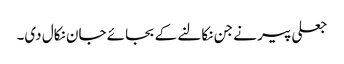
جعلی پیر نے جن نکالنے کے بجائے جان نکال دی۔